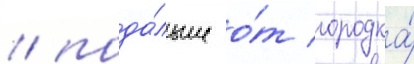
/ пода́льше о́т городка́